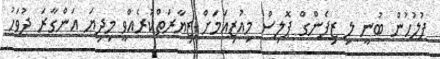
ފުލުހުން ބުނީ ލި ޒިފެންގް ޕޮލިސް މިއުޒިއަމަށް ޒިޔާރަތްކުރެއްވީ މިދިޔަ އަންގާރަ ދުވަހު